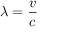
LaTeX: \lambda = { \frac { v } { c } }